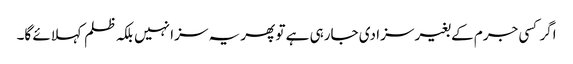
اگر کسی جرم کے بغیر سزا دی جارہی ہے تو پھر یہ سزا نہیں بلکہ ظلم کہلائے گا۔